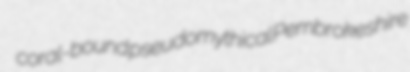
coral-bound pseudomythical Pembrokeshire